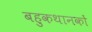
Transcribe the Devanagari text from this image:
बहुकथानकों